Sketch of the medical history of the native army of Bombay, for the year
Year: 1872
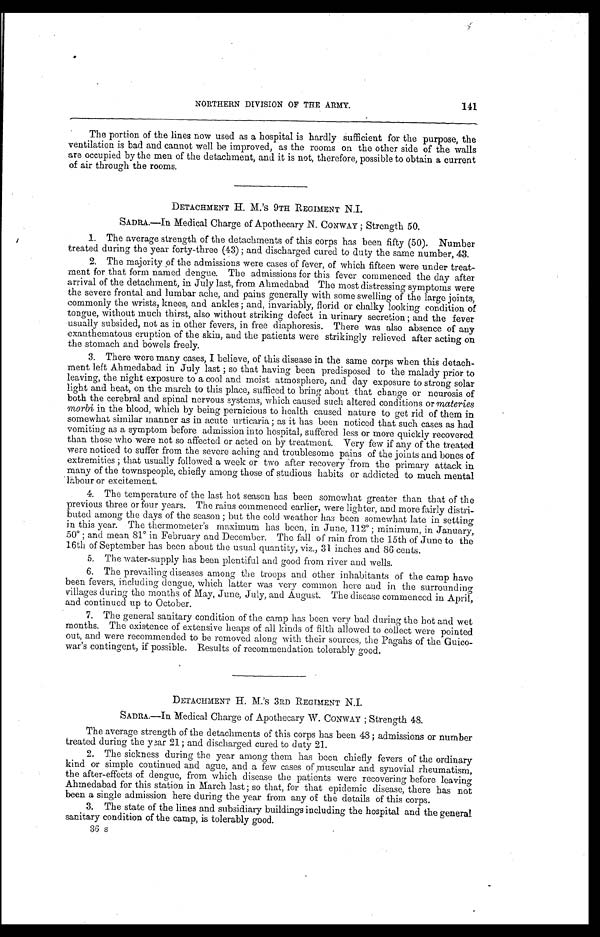
141.
NORTHERN DIVISION OF THE ARMY.
The portion of the lines now used as a hospital is hardly sufficient for the purpose, the
ventilation is bad and cannot well be improved, as the rooms on the other side of the walls
are occupied by the men of the detachment, and it is not, therefore, possible to obtain a current
of air through the rooms.
DETACHMENT H. M. 's 9TH REGIMENT N.I.
SADRA.—In Medical Charge of Apothecary N. CONWAY ; Strength 50.
1. The average strength of the detachments of this corps has been fifty (50). Number
treated during the year forty-three (43) ; and discharged cured to duty the same number, 43.
2. The majority of the admissions were cases of fever, of which fifteen were under treat-
ment for that form named dengue. The admissions for this fever commenced the day after
arrival of the detachment, in July last, from Ahmedabad. The most distressing symptoms were
the severe frontal and lumbar ache, and pains generally with some swelling of the large joints,
commonly the wrists, knees, and ankles ; and, invariably, florid or chalky looking condition of
tongue, without much thirst, also without striking defect in urinary secretion ; and the fever
usually subsided, not as in other fevers, in free diaphoresis. There was also absence of any
exanthematous eruption of the skin, and the patients were strikingly relieved after acting on
the stomach and bowels freely.
3. There were many cases, I believe, of this disease in the same corps when this detach-
ment left Ahmedabad in July last ; so that having been predisposed to the malady prior to
leaving, the night exposure to a cool and moist atmosphere, and day exposure to strong solar
light and heat, on the march to this place, sufficed to bring about that change or neurosis of
both the cerebral and spinal nervous systems, which caused such altered conditions or materies
morbi in the blood, which by being pernicious to health caused nature to get rid of them in
somewhat similar manner as in acute urticaria ; as it has been noticed that such cases as had
vomiting as a symptom before admission into hospital, suffered less or more quickly recovered
than those who were not so affected or acted on by treatment. Very few if any of the treated
were noticed to suffer from the severe aching and troublesome pains of the joints and bones of
extremities ; that usually followed a week or two after recovery from the primary attack in
many of the townspeople, chiefly among those of studious habits or addicted to much mental
labour or excitement.
4. The temperature of the last hot season has been somewhat greater than that of the
previous three or four years. The rains commenced earlier, were lighter, and more fairly distri-
buted among the days of the season ; but the cold weather has been somewhat late in setting
in this year. The thermometer's maximum has been, in June, 112˚ ; minimum, in January,
50˚ ; and mean 81˚ in February and December. The fall of rain from the 15th of June to the
16th of September has been about the usual quantity, viz., 31 inches and 86 cents.
5. The water-supply has been plentiful and good from river and wells.
6. The prevailing diseases among the troops and other inhabitants of the camp have
been fevers, including dengue, which latter was very common here and in the surrounding
villages during the months of May, June, July, and August. The disease commenced in April,
and continued up to October.
7. The general sanitary condition of the camp has been very bad during the hot and wet
months. The existence of extensive heaps of all kinds of filth allowed to collect were pointed
out, and were recommended to be removed along with their sources, the Pagahs of the Guico-
war's contingent, if possible. Results of recommendation tolerably good.
DETACHMENT H. M.'s 3RD REGIMENT N.I.
SADRA.—In Medical Charge of Apothecary W. CONWAY ; Strength 48.
The average strength of the detachments of this corps has been 48 ; admissions or number
treated during the year 21 ; and discharged cured to duty 21.
2. The sickness during the year among them has been chiefly fevers of the ordinary
kind or simple continued and ague, and a few cases of muscular and synovial rheumatism,
the after-effects of dengue, from which disease the patients were recovering before leaving
Ahmedabad for this station in March last ; so that, for that epidemic disease, there has not
been a single admission here during the year from any of the details of this corps.
3.
The state of the lines and subsidiary buildings including the hospital and the general
sanitary condition of the camp, is tolerably good.
36 s